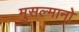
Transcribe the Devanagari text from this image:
मुसल्मानो